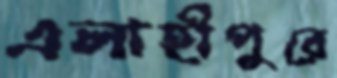
এলাহীপুরে